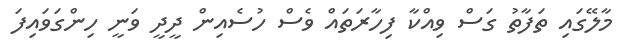
މާލޭގައި ތަފާތު ގަސް ވިއްކާ ފިހާރަތައް ވެސް ހުސެއިން ދީދީ ވަނީ ހިންގަވައިފަ